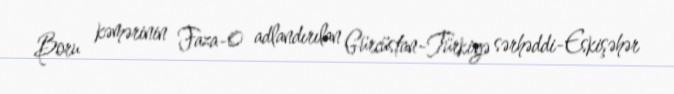
Boru kəmərinin Faza-0 adlandırılan Gürcüstan-Türkiyə sərhəddi-Eskişəhər